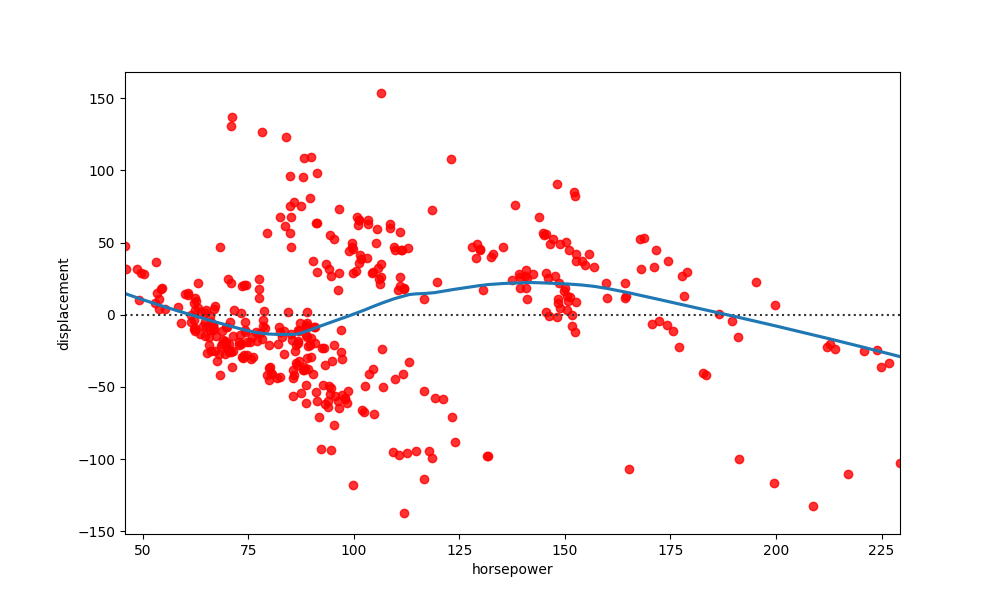
python, seaborn, residplot, lowess=True, scatter_color=red